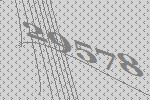
29578